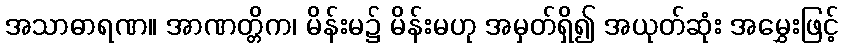
အသာဓာရဏ။ အာဏတ္တိက၊ မိန်းမ၌ မိန်းမဟု အမှတ်ရှိ၍ အယုတ်ဆုံး အမွှေးဖြင့်